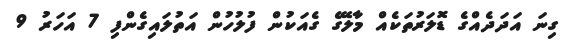
ގިނަ އަދަދެއްގެ ޑޮލަރުތަކެއް މާލޭގެ ގެއަކުން ފުލުހުން އަތުލައިގެންފި 7 އަހަރު 9